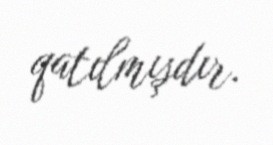
qatılmışdır.